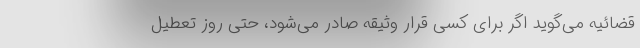
قضائیه می‌گوید اگر برای کسی قرار وثیقه صادر می‌شود، حتی روز تعطیل